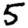
Digit: 5